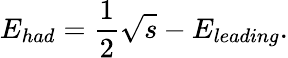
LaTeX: E_{had}=\frac{1}{2}\sqrt{s}-E_{leading}.